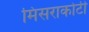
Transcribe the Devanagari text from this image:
मिसराकोटी